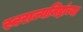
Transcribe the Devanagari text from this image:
स्वराज्यनिष्ठांच्या